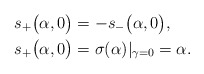
\begin{align*} &s_{+}\big(\alpha,0\big) = - s_{-}\big(\alpha,0\big),\\ &s_{+}\big(\alpha,0\big) = \sigma(\alpha)|_{\gamma=0} =\alpha. \end{align*}